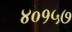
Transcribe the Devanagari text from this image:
४०१५७